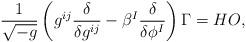
\begin{align*}\frac{1}{\sqrt{-g}}\left( g^{ij}{\frac{\delta }{\delta g^{ij}}} - \beta^I \frac{\delta}{\delta\phi^I}\right) \Gamma = HO,\end{align*}